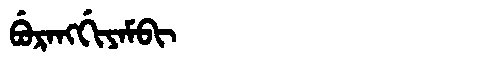
Manchu: ᠪᡠᡵᠠᠩᡤᡳᠶᠠᠮᠪᡳ
Romanization: BURANGGIYAMBI